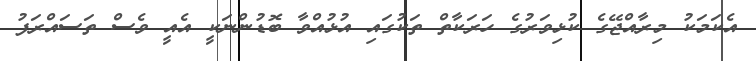
އެކަމަކު މިރާއްޖޭގެ ކުޅިވަރުގެ ހަރަކާތް ތަކުގައި އުޅުއްވާ ބޮޑުންނަކީ އެއީ ވެސް ތަސައްރަފު